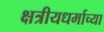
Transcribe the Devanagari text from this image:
क्षत्रीयधर्माच्या